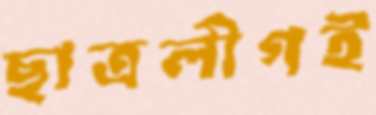
ছাত্রলীগই